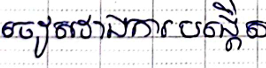
ចៀសរាងការបង្កើត